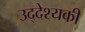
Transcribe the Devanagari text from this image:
उद्देश्यकी